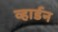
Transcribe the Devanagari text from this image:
व्हार्डन